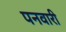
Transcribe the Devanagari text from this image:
पनवारी